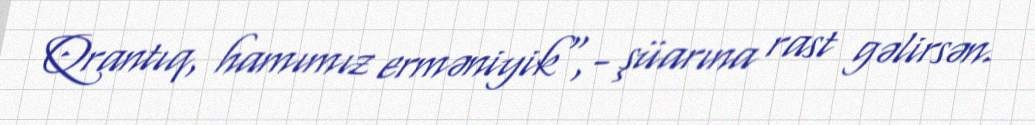
Qrantıq, hamımız erməniyik",- şüarına rast gəlirsən.